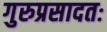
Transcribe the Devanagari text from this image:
गुरुप्रसादतः